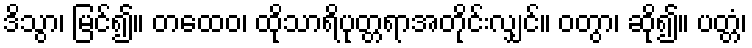
ဒိသွာ၊ မြင်၍။ တထေဝ၊ ထိုသာရိပုတ္တရာအတိုင်းလျှင်။ ဝတွာ၊ ဆို၍။ ပတ္တံ၊